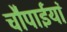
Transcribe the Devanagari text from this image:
चौपाईयां